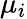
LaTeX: \mu_{i}